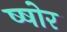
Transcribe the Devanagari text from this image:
ष्षोर